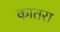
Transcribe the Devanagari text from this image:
कातरा